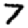
Digit: 7